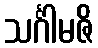
သင်္ဂါမဇိ